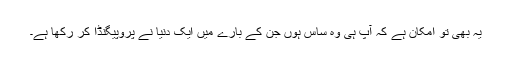
یہ بھی تو امکان ہے کہ آپ ہی وہ ساس ہوں جن کے بارے میں ایک دُنیا نے پروپیگنڈا کر رکھا ہے۔